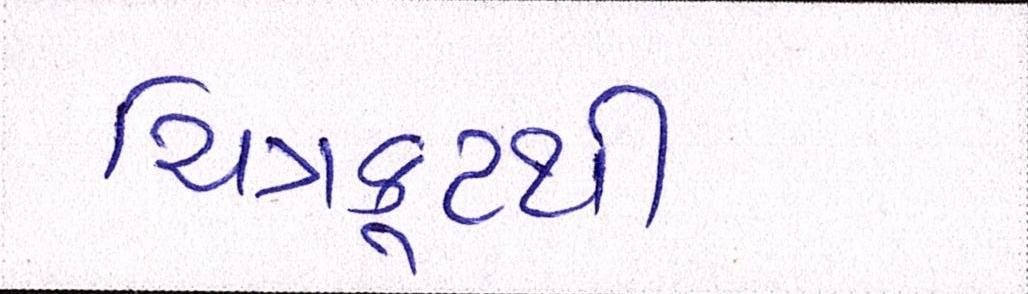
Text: ચિત્રકૂટથી